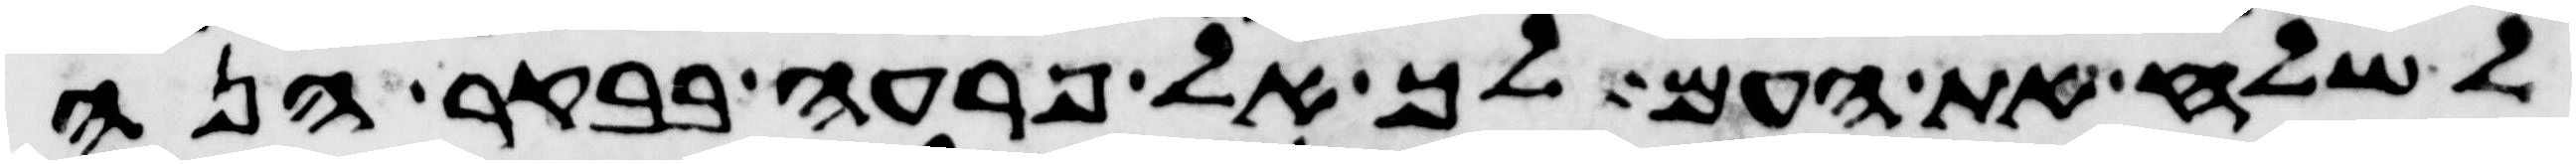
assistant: לשלח את העם לך אל פרעה בבקר הנה